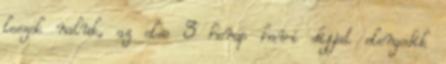
leszek naluk, az elso 3 honap havi dijjat elengedik